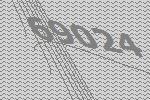
69024